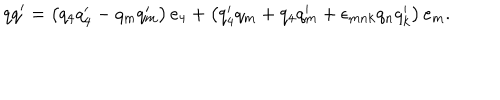
LaTeX: q q ^ { \prime } = \left( q _ { 4 } q _ { 4 } ^ { \prime } - q _ { m } q _ { m } ^ { \prime } \right) e _ { 4 } + \left( q _ { 4 } ^ { \prime } q _ { m } + q _ { 4 } q _ { m } ^ { \prime } + \epsilon _ { m n k } q _ { n } q _ { k } ^ { \prime } \right) e _ { m } .